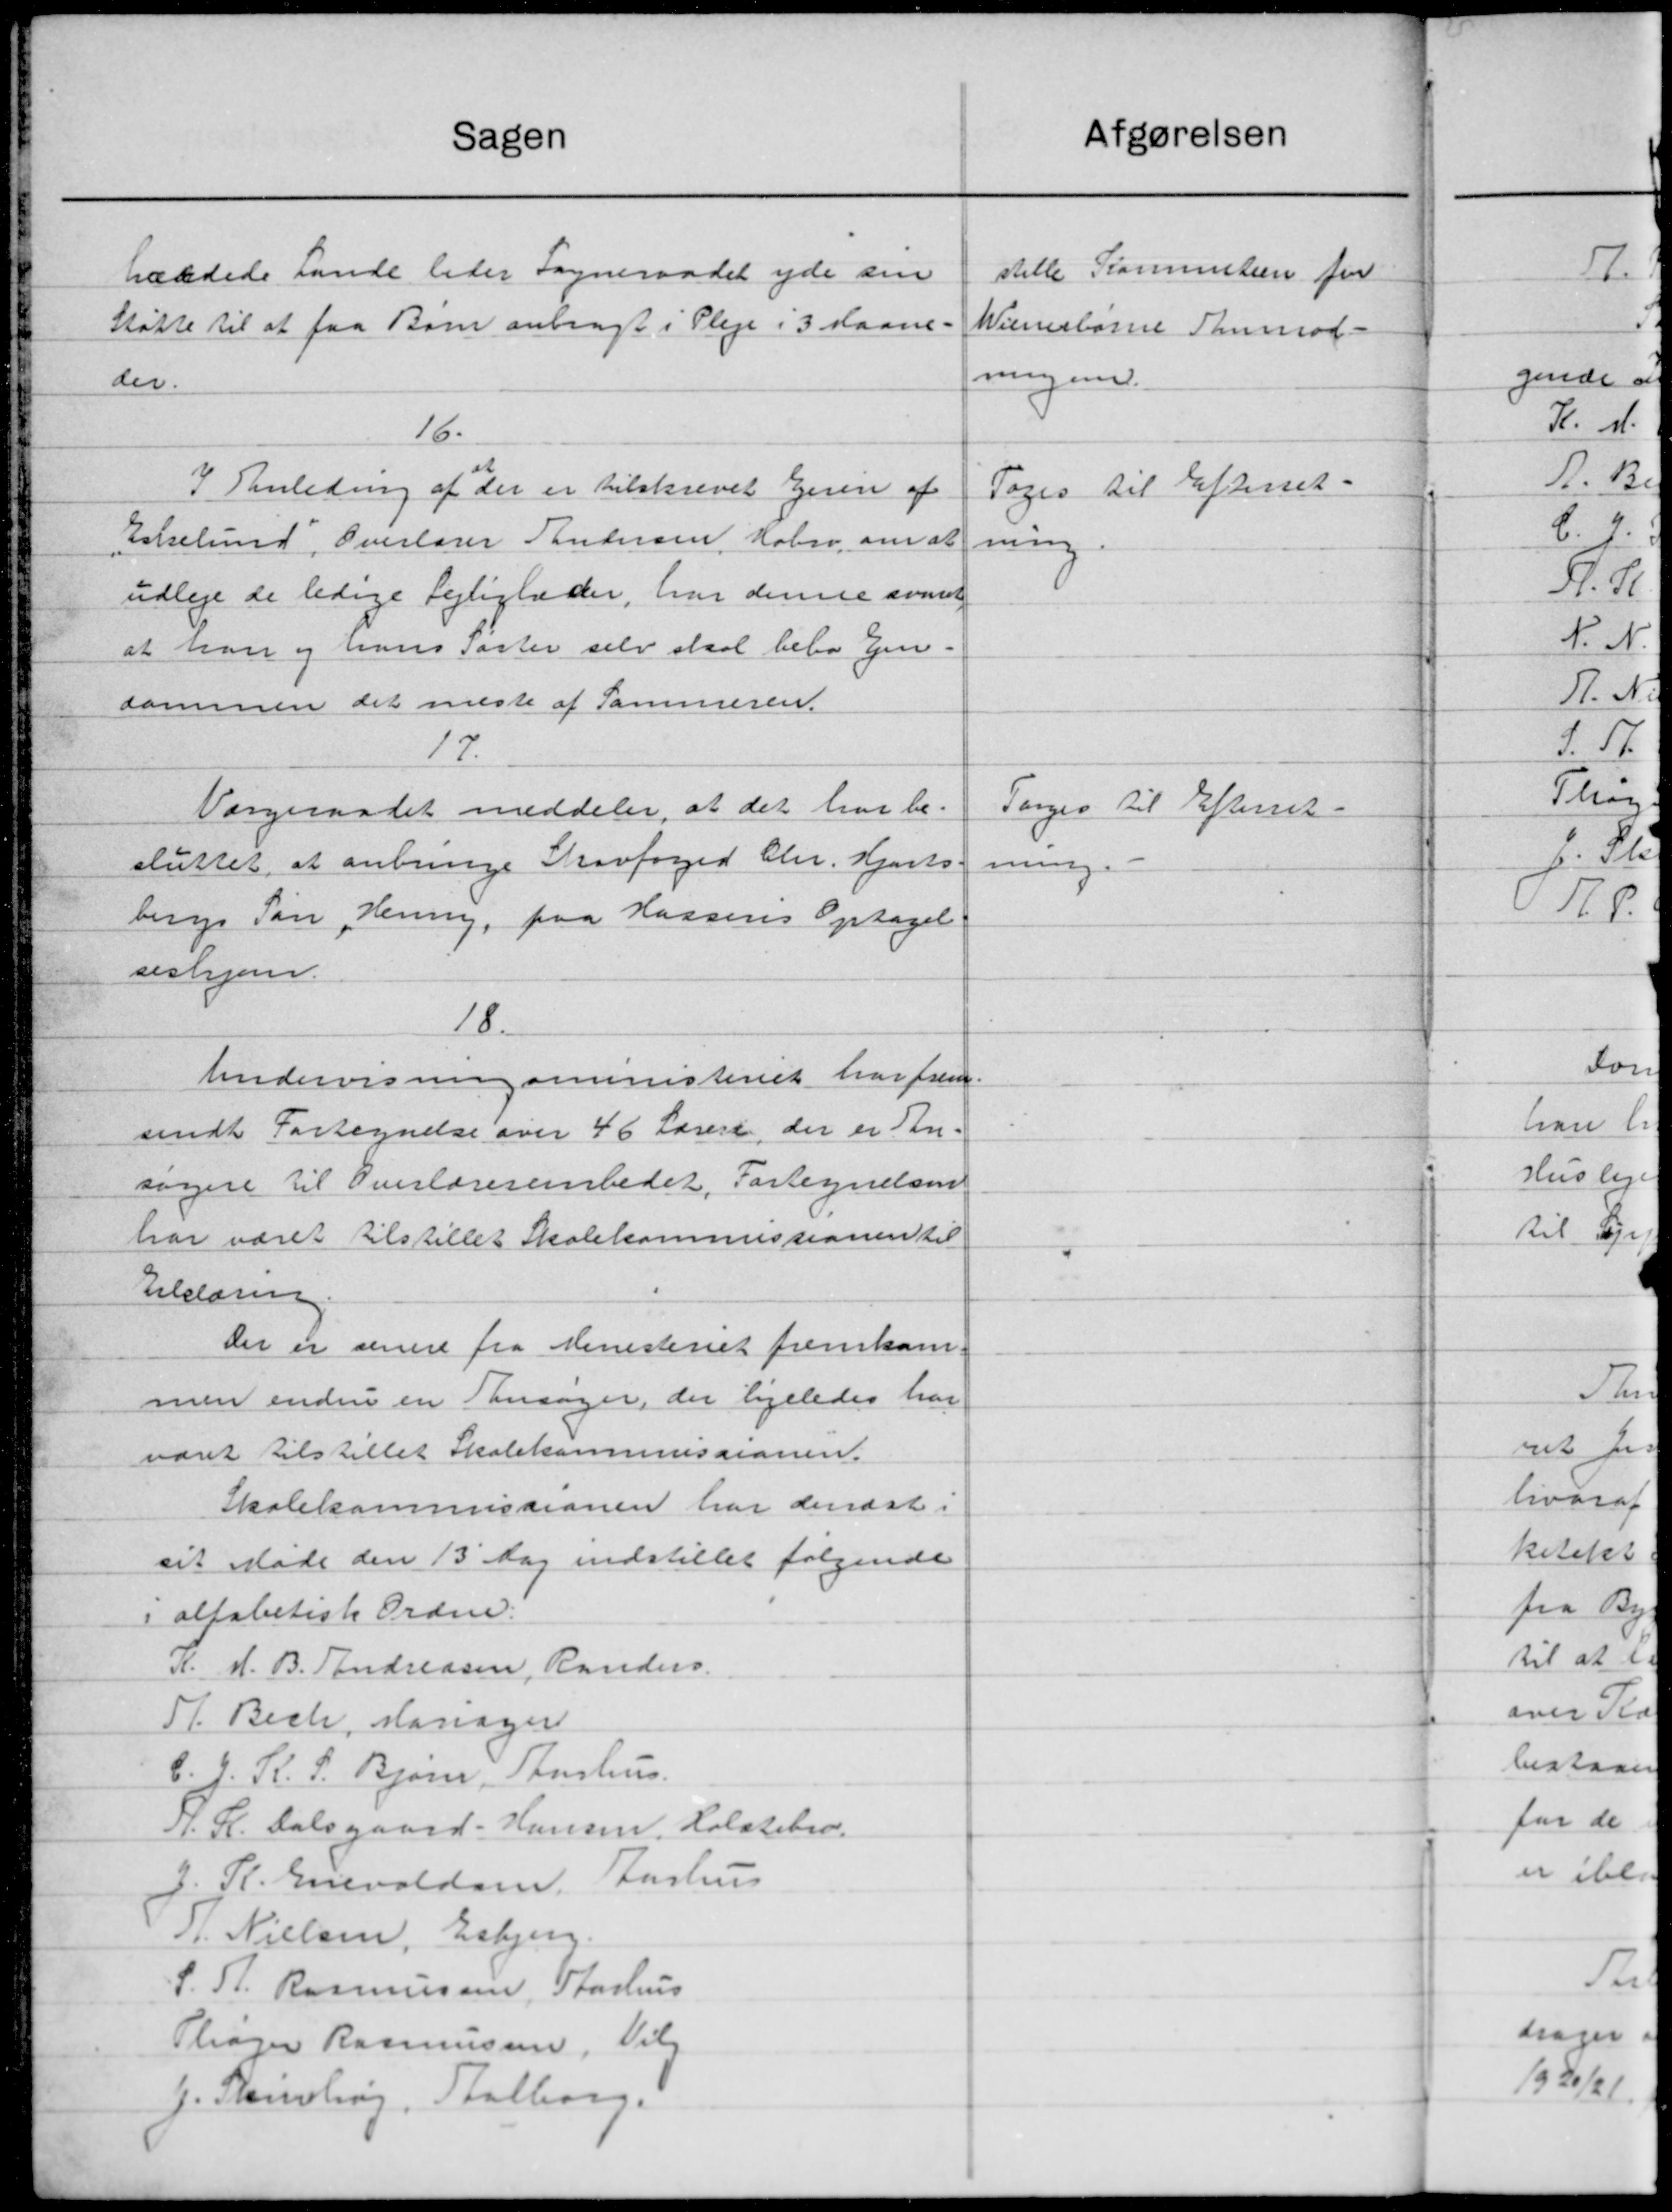
Transskription:
Sagen
tævdede Lande leder Sogneraadet yde sin
Støtte til at faa Børn anbragt i Pleje i 3 Maane-
der.
16.
I Tanledning af der er tilskrevet Eisen af
Eelselund, Overlærer Andersen Købso, om at
udleje de ledige Lejligheder, har denne samt
at han og hans Paster selv skal bebo Een-
dammen det meste af Sammeren.
17.
Værgeraadet meddeler, at det har be-
sluttet, at anbringe Skovfoged Chr. Hjorts.
bergs Søn Henning, paa Hassens Optagel
seshjem.
18.
Undervisningsministeriet har frem-
sendt Fortegnelse over 46 Læreri, der er An-
søggere til Overlærerembedet, Fortegnelsen
har været tilstilles Skolekommissionen til
tilstøren
der er senere fra Ministeriet fremkom-
men endnu en Ansøger, der ligeledes har
været tilstillet Skolekommissionen.
Skolekommissionen har denæst i
sit Møde den 13 Dag indstillet følgende
i alfabetisk Ordne
N. H. B. Andreasen, Randers.
T. Bech, Hansen
C. J. R. S. Bjørn, Aarhus.
J. R. Dalsgaard-Hansen, Holstebro.
J. R. Enevaldsm Aarhus
P. Nielsen, Esbjerg.
S. A. Rasmussen, Aarhus
Thager Rasmussen, Vil
J. Skriveling, Stalborg.